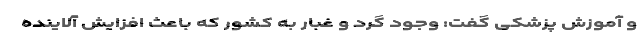
و آموزش پزشکی گفت: وجود گرد و غبار به کشور که باعث افزایش آلاینده